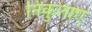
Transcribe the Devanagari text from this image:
निकुलाए